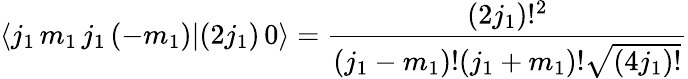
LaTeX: \langle j_{1}\, m_{1}\, j_{1}\, (-m_{1})|(2j_{1})\, 0\rangle={\frac{(2j_{1})!^{2}}{(j_{1}-m_{1})!(j_{1}+m_{1})!{\sqrt{(4j_{1})!}}}}